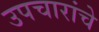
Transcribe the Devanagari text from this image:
उपचारांचे